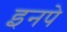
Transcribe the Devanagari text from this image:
इनपे